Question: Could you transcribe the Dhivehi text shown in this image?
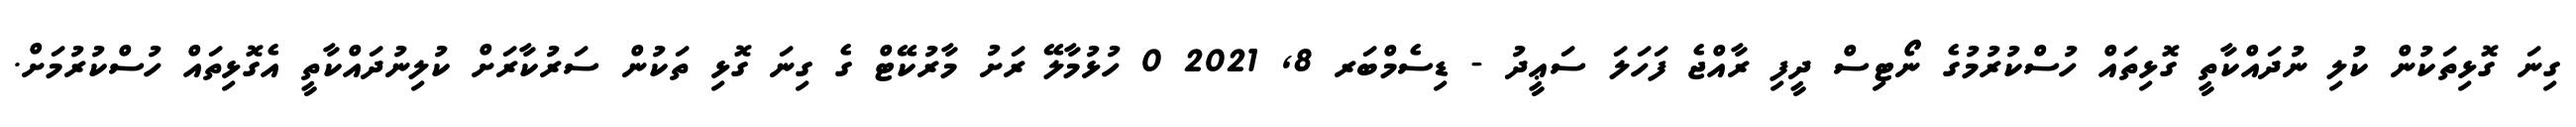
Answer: ގިނަ ގޮޅިތަކުން ކުލި ނުދައްކާތީ ގޮޅިތައް ހުސްކުރުމުގެ ނޯޓިސް ދީފި ރާއްޖެ ފަހަލަ ސަޢީދު - ޑިސެމްބަރ 8, 2021 0 ހުޅުމާލޭ ރަށު މާރުކޭޓް ގެ ގިނަ ގޮޅި ތަކުން ސަރުކާރަށް ކުލިނުދައްކާތީ އެގޮޅިތައް ހުސްކުރުމަށް.